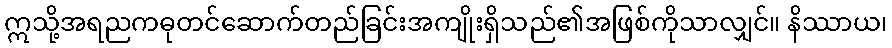
ဣသို့အရညကဓုတင်ဆောက်တည်ခြင်းအကျိုးရှိသည်၏အဖြစ်ကိုသာလျှင်။ နိဿာယ၊